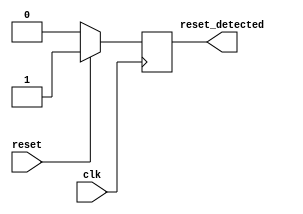
module synchronous_reset_detector (
    input wire clk,          // Clock signal
    input wire reset,        // Active-high asynchronous reset signal
    output reg reset_detected // Output indicating reset condition
);

// Always block triggered on the rising edge of the clock
always @(posedge clk) begin
    if (reset) begin
        // If reset is high, set reset_detected to high
        reset_detected <= 1'b1;
    end else begin
        // If reset is low, clear reset_detected to low
        reset_detected <= 1'b0;
    end
end

endmodule